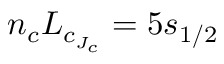
n _ { c } L _ { c _ { J _ { c } } } = 5 s _ { 1 / 2 }